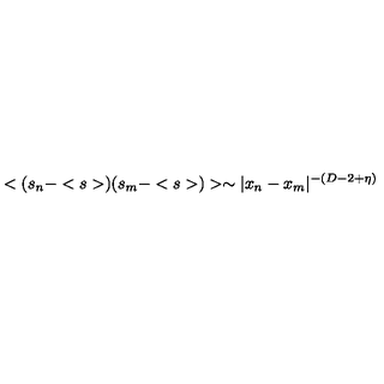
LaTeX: < ( s _ { n } - < s > ) ( s _ { m } - < s > ) > \sim | x _ { n } - x _ { m } | ^ { - ( D - 2 + \eta ) }